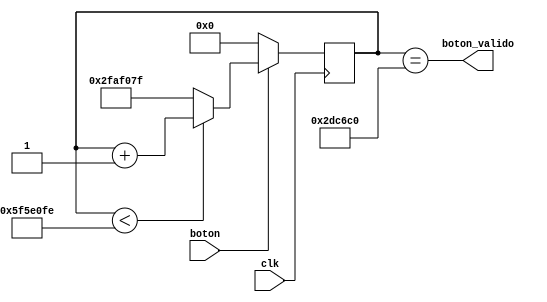
`timescale 1ns / 1ps
//////////////////////////////////////////////////////////////////////////////////
// Company: 
// Engineer: 
// 
// Design Name: 
// Module Name: deb
// Project Name: 
// Target Devices: 
// Tool Versions: 
// Description: 
// 
// Dependencies: 
// 
// Revision:
// Revision 0.01 - File Created
// Additional Comments:
// 
//////////////////////////////////////////////////////////////////////////////////


module deb(
    input clk,
    input boton,
    output boton_valido
    );
    
    reg [31:0] cuenta = 'd0;
    
    always@(posedge clk) begin
        if(boton) begin
            cuenta <= (cuenta < 99_999_998)? cuenta + 1: 49_999_999;
        end
        else cuenta <= 'd0;
    end    
    assign boton_valido = (cuenta == 3_000_000);
endmodule